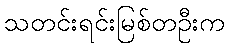
သတင်းရင်းမြစ်တဦးက